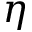
\eta